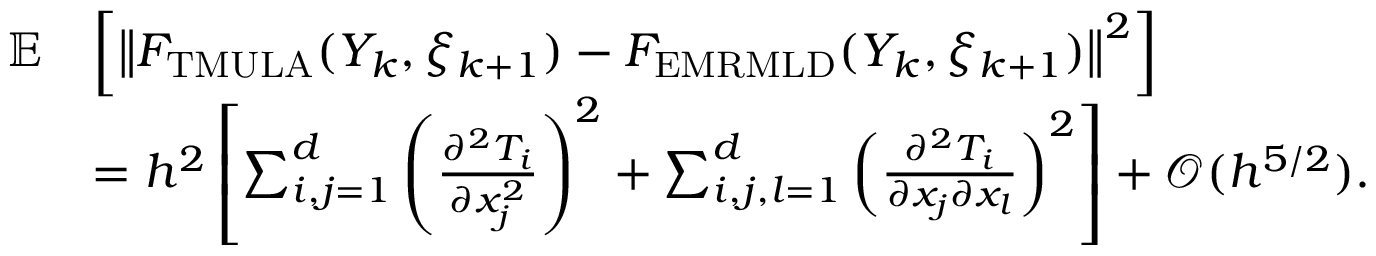
\begin{array} { r l } { \mathbb { E } } & { \left[ \left\| F _ { \mathrm { T M U L A } } ( Y _ { k } , \xi _ { k + 1 } ) - F _ { \mathrm { E M R M L D } } ( Y _ { k } , \xi _ { k + 1 } ) \right\| ^ { 2 } \right] } \\ & { = h ^ { 2 } \left[ \sum _ { i , j = 1 } ^ { d } \left( \frac { \partial ^ { 2 } T _ { i } } { \partial x _ { j } ^ { 2 } } \right) ^ { 2 } + \sum _ { i , j , l = 1 } ^ { d } \left( \frac { \partial ^ { 2 } T _ { i } } { \partial x _ { j } \partial x _ { l } } \right) ^ { 2 } \right] + \mathcal { O } ( h ^ { 5 / 2 } ) . } \end{array}